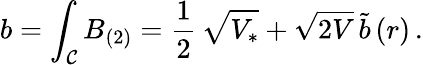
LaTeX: b=\int_{\mathcal{C}}B_{(2)}=\frac{1}{2}\, \sqrt{V_{*}}+\sqrt{2V}\, \tilde{b}\, (r)\, .